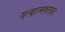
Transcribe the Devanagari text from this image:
गत्यात्मकताद्ध